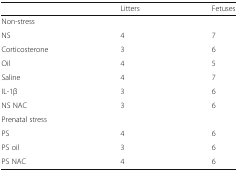
<table><thead><tr><td></td><td><b>Litters</b></td><td><b>Fetuses</b></td></tr></thead><tbody><tr><td colspan="3">Non-stress</td></tr><tr><td>NS</td><td>4</td><td>7</td></tr><tr><td>Corticosterone</td><td>3</td><td>6</td></tr><tr><td>Oil</td><td>4</td><td>5</td></tr><tr><td>Saline</td><td>4</td><td>7</td></tr><tr><td>IL-1β</td><td>3</td><td>6</td></tr><tr><td>NS NAC</td><td>3</td><td>6</td></tr><tr><td colspan="3">Prenatal stress</td></tr><tr><td>PS</td><td>4</td><td>6</td></tr><tr><td>PS oil</td><td>3</td><td>6</td></tr><tr><td>PS NAC</td><td>4</td><td>6</td></tr></tbody></table>